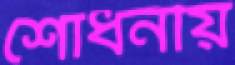
শোধনীয়